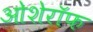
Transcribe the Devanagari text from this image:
ओशेरॉफ